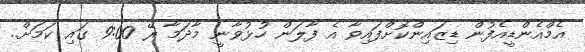
އެމްއެންޑީއެފުން ޑިޒައިންކޮށްފައިވާ އެ ފާލަން ހުޅުވާނީ މާދަމާ ރޭ 9:00 ގައި ކަމަށް..